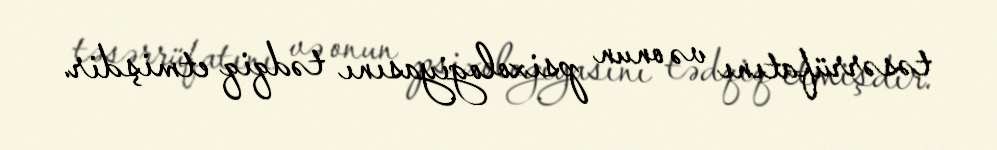
təsərrüfatını və onun psixologiyasını tədqiq etmişdir.